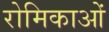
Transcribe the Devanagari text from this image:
रोमिकाओं